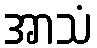
အာသံ